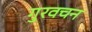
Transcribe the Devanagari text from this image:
गुरवचन